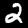
Label: 2